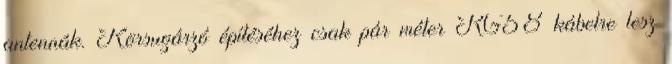
antennák. Körsugárzó építéséhez csak pár méter RG58 kábelre lesz